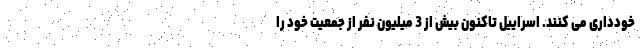
خودداری می کنند. اسراییل تاکنون بیش از 3 میلیون نفر از جمعیت خود را